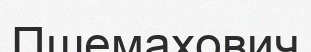
Пшемахович